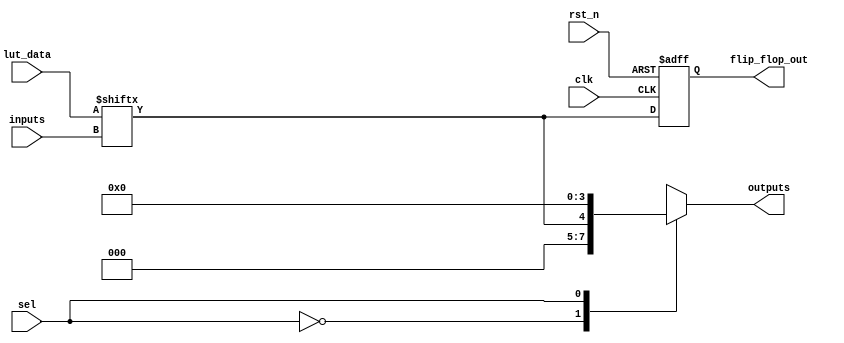
module CLB_PLD #(
    parameter NUM_INPUTS = 4,      // Number of inputs to the LUT
    parameter LUT_SIZE = 16         // Size of the LUT (2^NUM_INPUTS)
)(
    input wire [NUM_INPUTS-1:0] inputs,     // Inputs to the CLB
    input wire [LUT_SIZE-1:0] lut_data,     // Configuration data for LUT
    input wire clk,                        // Clock for flip-flops
    input wire rst_n,                      // Active low reset
    input wire sel,                        // Multiplexer select signal
    output reg [NUM_INPUTS-1:0] outputs,   // Outputs of the CLB
    output reg flip_flop_out               // Output from flip-flop
);

// LUT implementation
reg [NUM_INPUTS-1:0] lut_out;

always @(*) begin
    lut_out = lut_data[inputs]; // Select output based on inputs
end

// Flip-Flop implementation
always @(posedge clk or negedge rst_n) begin
    if (!rst_n) begin
        flip_flop_out <= 1'b0; // Reset flip-flop
    end else begin
        flip_flop_out <= lut_out; // Store the LUT output in the flip-flop
    end
end

// Multiplexer implementation
always @(*) begin
    case(sel)
        1'b0: outputs = lut_out;          // Output from LUT
        1'b1: outputs = {NUM_INPUTS{1'b0}}; // Placeholder for another output (could be a different logic)
        default: outputs = {NUM_INPUTS{1'b0}};
    endcase
end

endmodule